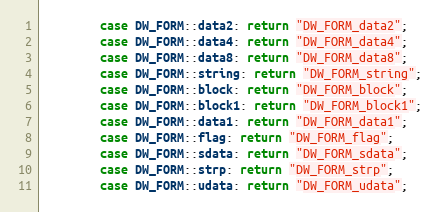
Language: C++
        case DW_FORM::data2: return "DW_FORM_data2";
        case DW_FORM::data4: return "DW_FORM_data4";
        case DW_FORM::data8: return "DW_FORM_data8";
        case DW_FORM::string: return "DW_FORM_string";
        case DW_FORM::block: return "DW_FORM_block";
        case DW_FORM::block1: return "DW_FORM_block1";
        case DW_FORM::data1: return "DW_FORM_data1";
        case DW_FORM::flag: return "DW_FORM_flag";
        case DW_FORM::sdata: return "DW_FORM_sdata";
        case DW_FORM::strp: return "DW_FORM_strp";
        case DW_FORM::udata: return "DW_FORM_udata";